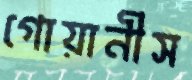
গোয়ানীস